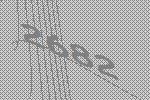
2682